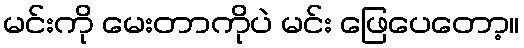
မင်းကို မေးတာကိုပဲ မင်း ဖြေပေတော့။